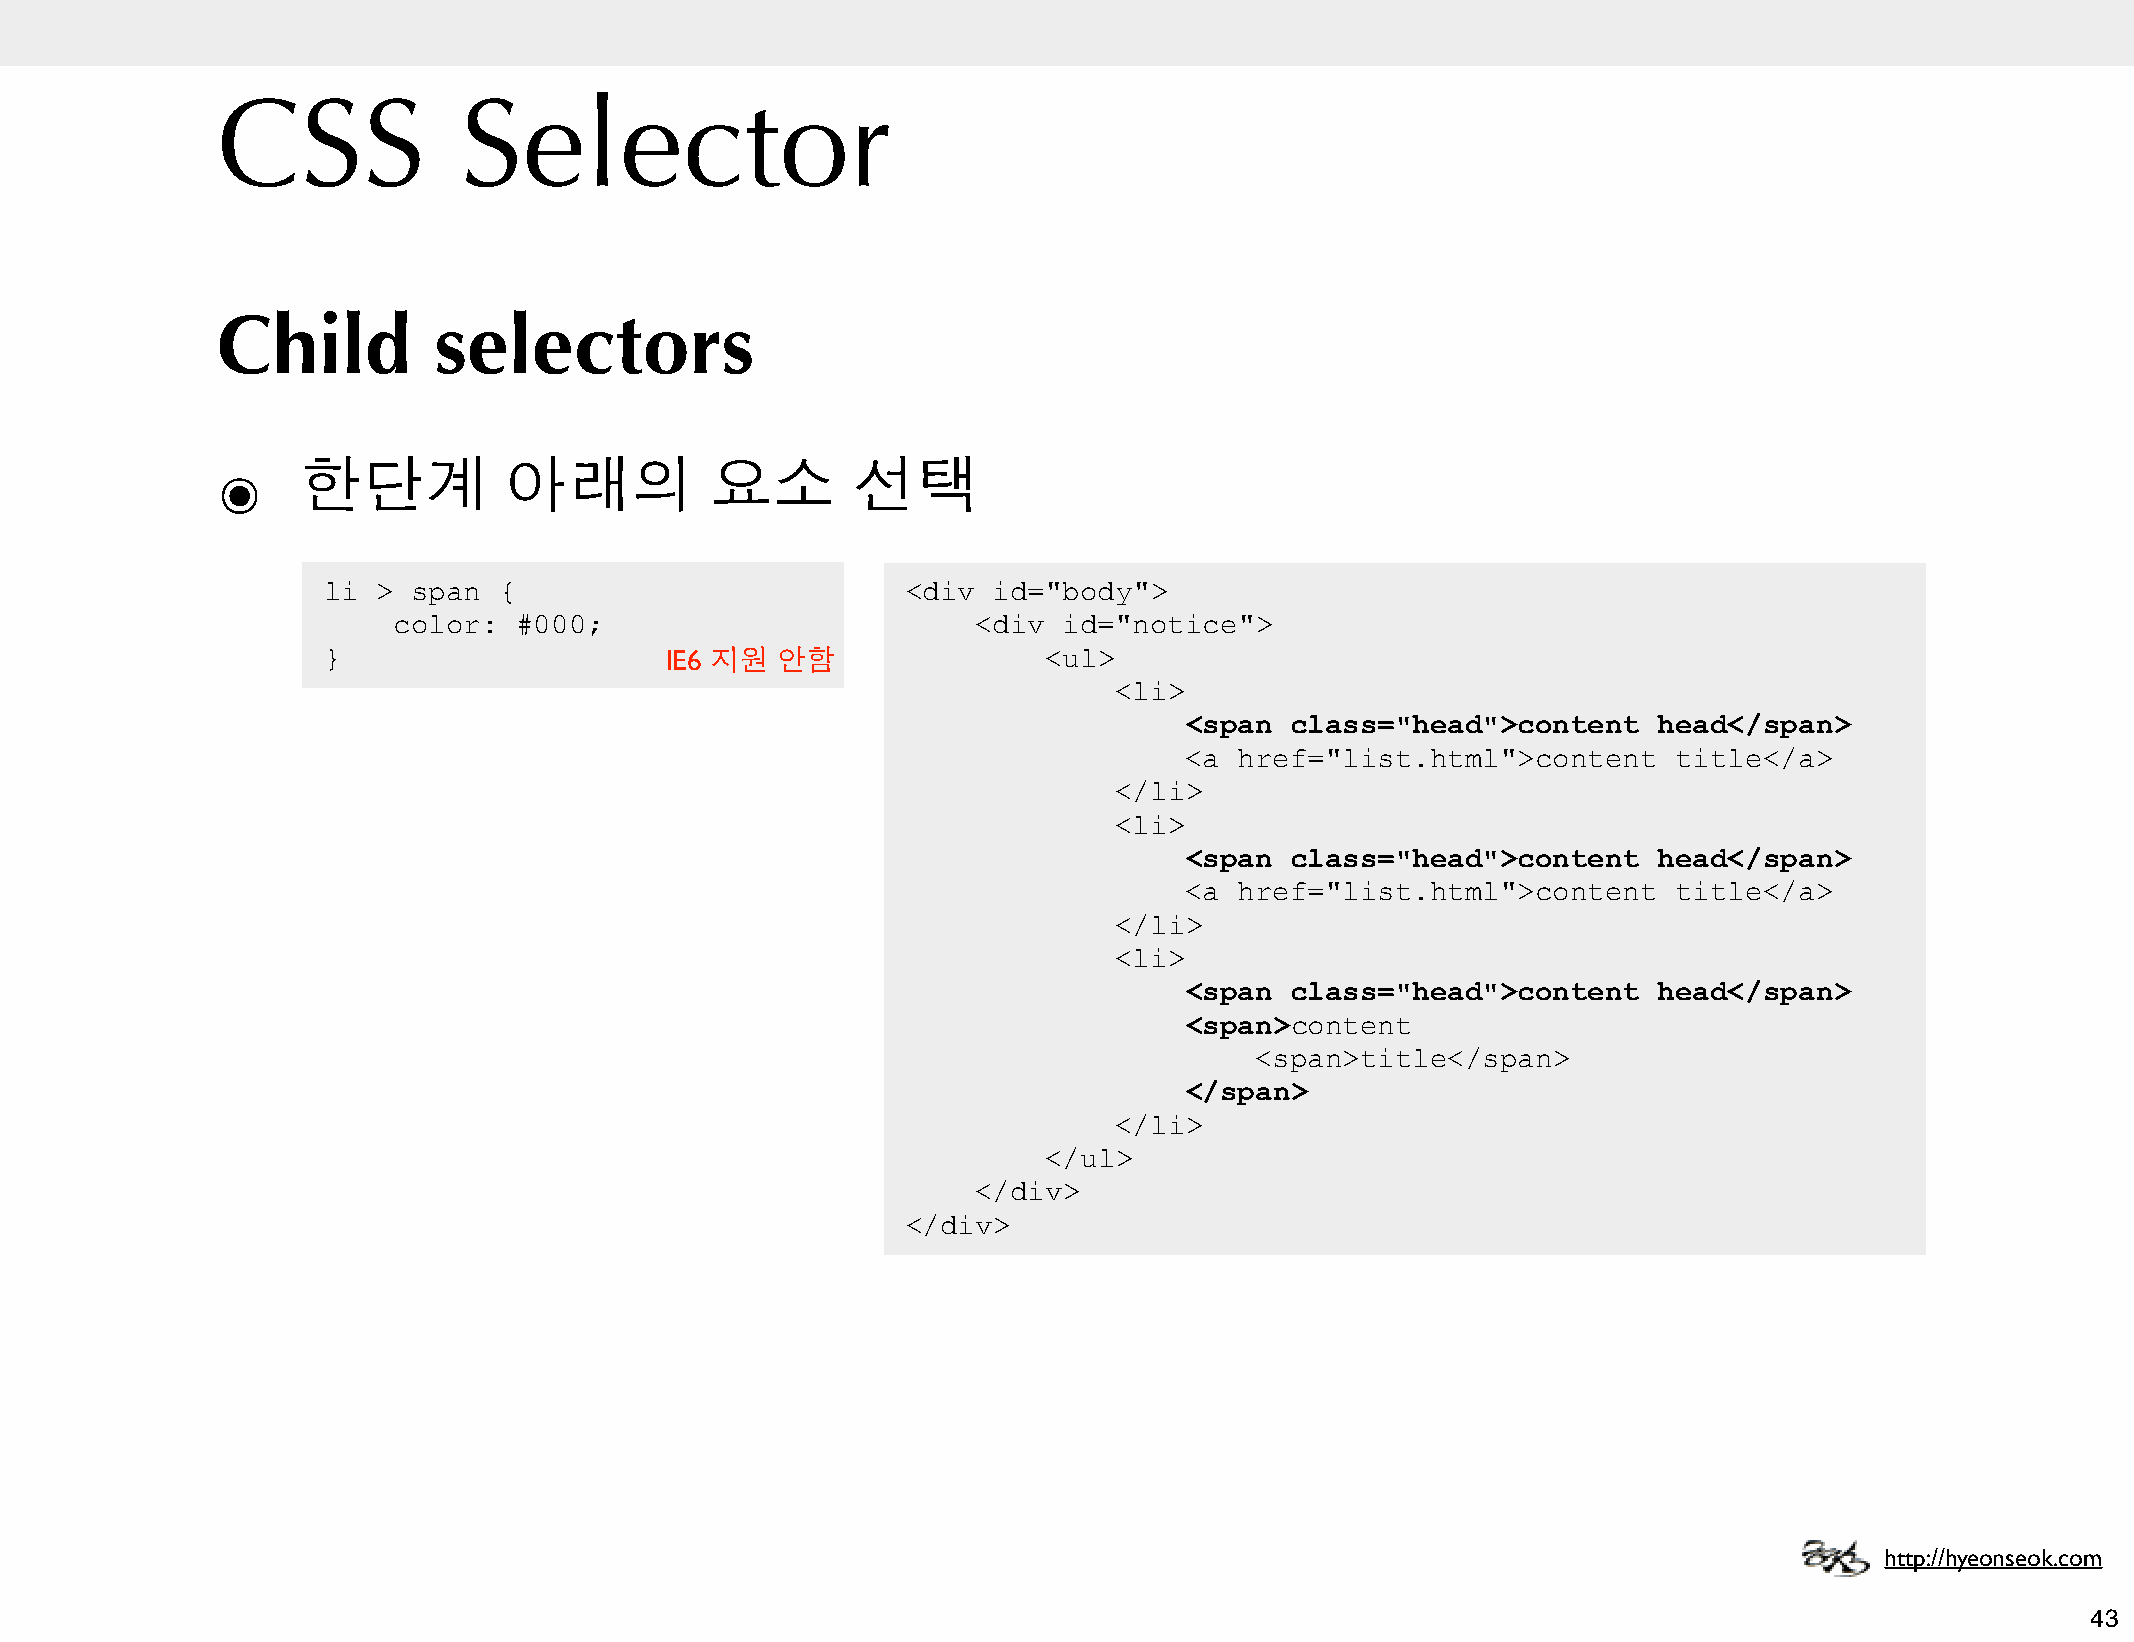
CSS             Selector
 Child          selectors
 ๏     한단계          아래의           요소       선택
 li  > span  {                          <div  id="body">
 color:  #000;                          <div id="notice">
 }                      IE6 지원 안함                <ul>
 <li>
 <span  class="head">content     head</span>
 <a  href="list.html">content     title</a>
 </li>
 <li>
 <span  class="head">content     head</span>
 <a  href="list.html">content     title</a>
 </li>
 <li>
 <span  class="head">content     head</span>
 <span>content
 <span>title</span>
 </span>
 </li>
 </ul>
 </div>
 </div>
 http://hyeonseok.com
 43